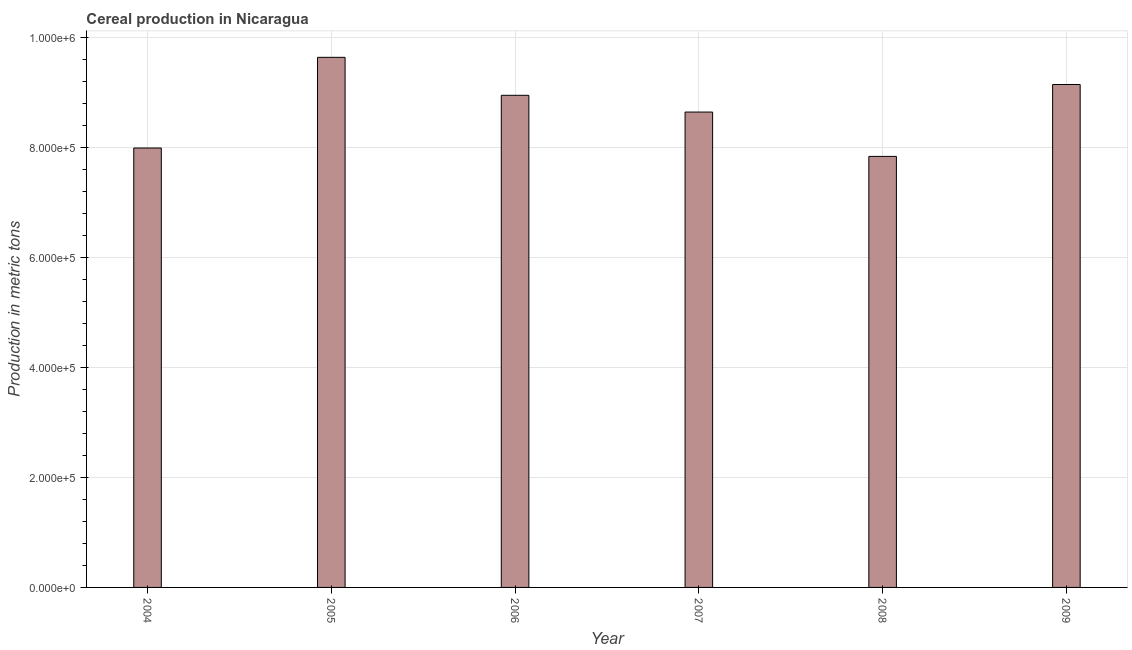
| Year | Cereal production |
 | --- | --- |
 | 2004 | 7.99e+05 |
 | 2005 | 9.64e+05 |
 | 2006 | 8.95e+05 |
 | 2007 | 8.64e+05 |
 | 2008 | 7.84e+05 |
 | 2009 | 9.14e+05 |